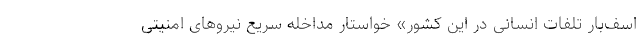
اسف‌بار تلفات انسانی در این کشور» خواستار مداخله سریع نیروهای امنیتی